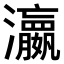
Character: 𤄞